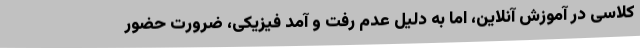
کلاسی در آموزش آنلاین، اما به دلیل عدم رفت و آمد فیزیکی، ضرورت حضور